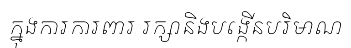
ក្នុងការការពារ រក្សានិងបង្កើនបរិមាណ